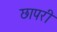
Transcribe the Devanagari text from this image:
छापरी